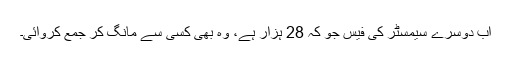
اب دوسرے سیمسٹر کی فیس جو کہ 28 ہزار ہے، وہ بھی کسی سے مانگ کر جمع کروائی۔